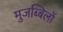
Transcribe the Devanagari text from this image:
मुजब्बिलों